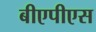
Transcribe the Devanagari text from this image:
बीएपीएस